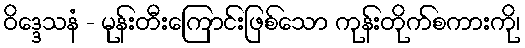
ဝိဒ္ဒေသနံ - မုန်းတီးကြောင်းဖြစ်သော ကုန်းတိုက်စကားကို၊